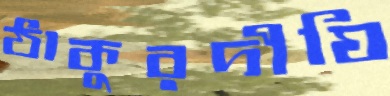
ঠাকুরদীঘি